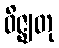
ဝိဇ္ဈတု